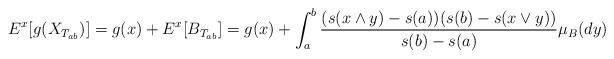
LaTeX: \begin{align*}E^x[g(X_{T_{ab}})]=g(x)+ E^x[B_{T_{ab}}]=g(x)+ \int_a^b \frac{(s(x\wedge y)-s(a))(s(b)-s(x\vee y))}{s(b)-s(a)}\mu_B(dy)\end{align*}